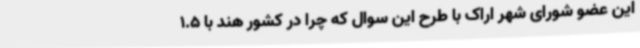
این عضو شورای شهر اراک با طرح این سوال که چرا در کشور هند با 1.5